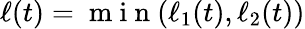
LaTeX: \ell(t)=\mathrm{~m~i~n~}(\ell_{1}(t),\ell_{2}(t))